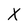
Character: X